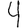
Digit: 4